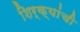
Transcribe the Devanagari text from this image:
शिर्क्यांची